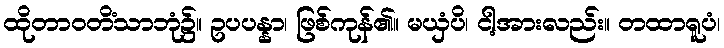
ထိုတာဝတိံသာဘုံ၌။ ဥပပန္နာ၊ ဖြစ်ကုန်၏။ မယှံပိ၊ ငါ့အားလည်း။ တထာရူပံ၊